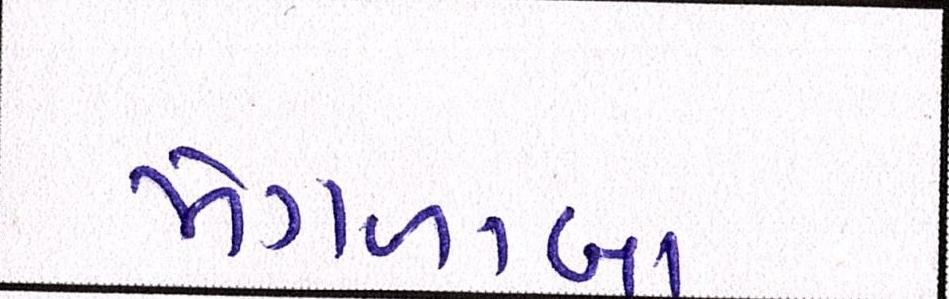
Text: મંગળાબા